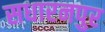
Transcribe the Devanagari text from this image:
सधारनपुर